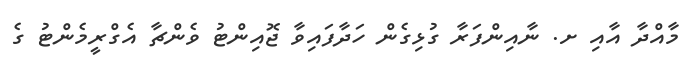
މާއްދާ އާއި ށ. ނާއިންފަރާ ގުޅިގެން ހަދާފައިވާ ޖޮއިންޓު ވެންޗާ އެގްރީމެންޓު ގެ